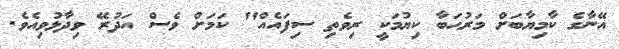
އޭނާގެ ކާމިޔާބަށް މަރުޙަބާ ކިޔުމަކީ ރިވެތި ސިފައެއް" ކަމަށް ވެސް އަދުރޭ ވިދާޅުވިއެވެ.